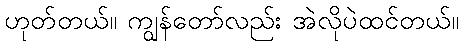
ဟုတ်တယ်။ ကျွန်တော်လည်း အဲလိုပဲထင်တယ်။